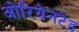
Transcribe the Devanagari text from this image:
ओरियेनटेड